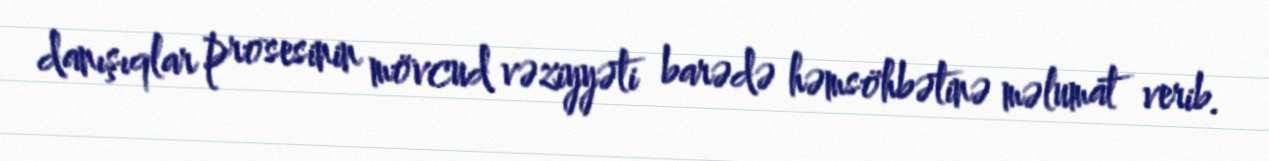
danışıqlar prosesinin mövcud vəziyyəti barədə həmsöhbətinə məlumat verib.